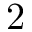
2